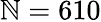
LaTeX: \mathbb{N}=610